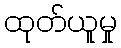
ထုတ်ယူမှု